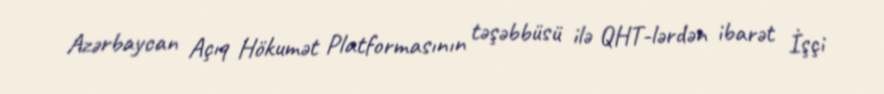
Azərbaycan Açıq Hökumət Platformasının təşəbbüsü ilə QHT-lərdən ibarət İşçi